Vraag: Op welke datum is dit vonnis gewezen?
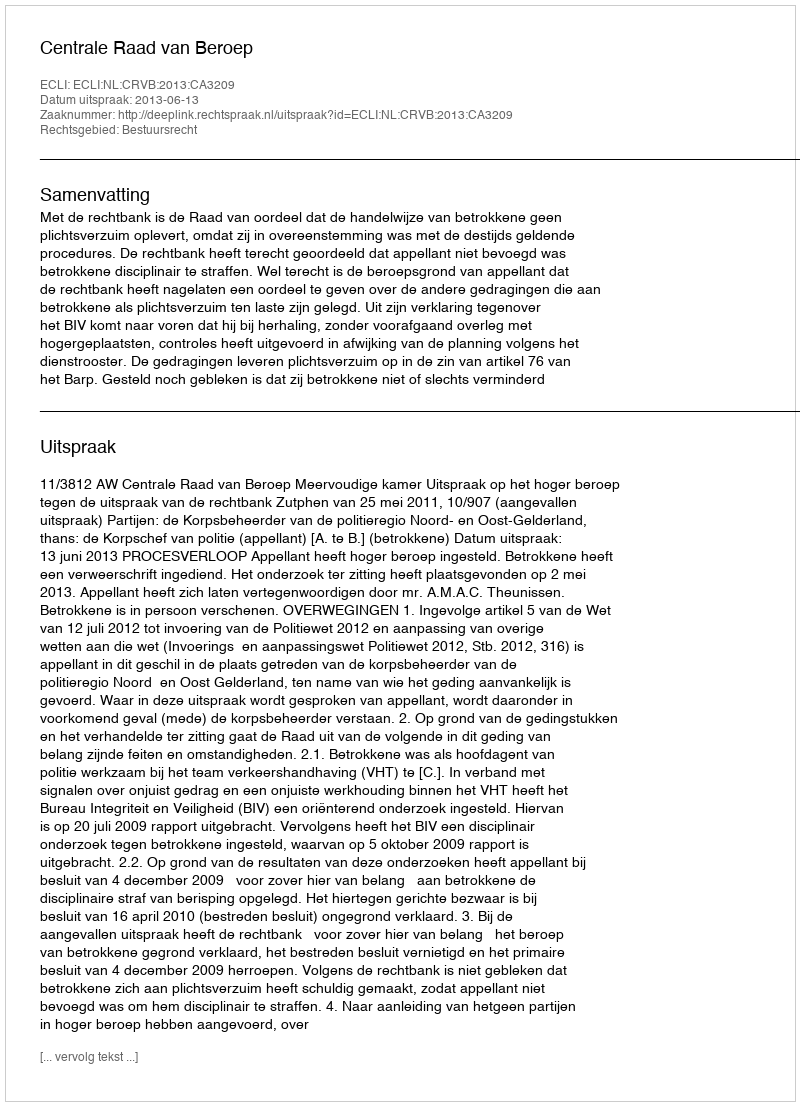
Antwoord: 2013-06-13